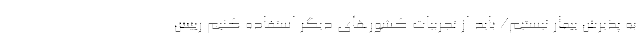
به پذیرش بیمار نیستیم/ باید از تجربیات کشورهای دیگر استفاده کنیم رییس